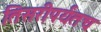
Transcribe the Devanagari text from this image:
तिसरीपर्यंतच